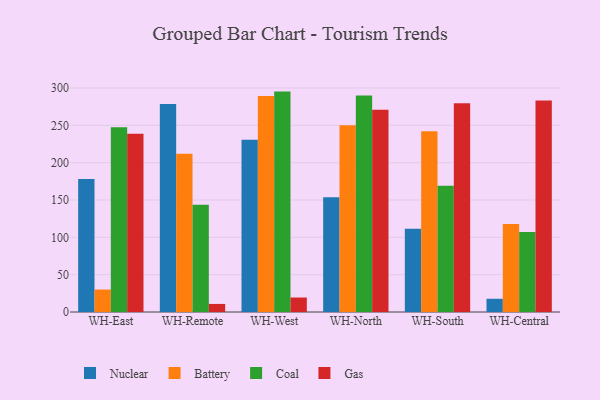
{"axis": {"x": "Warehouse", "y": "Conversion Rate (%)"}, "legend": ["Battery", "Coal", "Gas", "Nuclear"], "data": [{"x": "WH-East", "y": 178.1, "type": "Nuclear"}, {"x": "WH-East", "y": 30.1, "type": "Battery"}, {"x": "WH-East", "y": 247.6, "type": "Coal"}, {"x": "WH-East", "y": 238.8, "type": "Gas"}, {"x": "WH-Remote", "y": 278.5, "type": "Nuclear"}, {"x": "WH-Remote", "y": 212.0, "type": "Battery"}, {"x": "WH-Remote", "y": 143.6, "type": "Coal"}, {"x": "WH-Remote", "y": 10.8, "type": "Gas"}, {"x": "WH-West", "y": 230.8, "type": "Nuclear"}, {"x": "WH-West", "y": 289.2, "type": "Battery"}, {"x": "WH-West", "y": 295.2, "type": "Coal"}, {"x": "WH-West", "y": 19.4, "type": "Gas"}, {"x": "WH-North", "y": 153.8, "type": "Nuclear"}, {"x": "WH-North", "y": 250.1, "type": "Battery"}, {"x": "WH-North", "y": 289.9, "type": "Coal"}, {"x": "WH-North", "y": 270.9, "type": "Gas"}, {"x": "WH-South", "y": 111.6, "type": "Nuclear"}, {"x": "WH-South", "y": 242.1, "type": "Battery"}, {"x": "WH-South", "y": 169.0, "type": "Coal"}, {"x": "WH-South", "y": 279.6, "type": "Gas"}, {"x": "WH-Central", "y": 17.7, "type": "Nuclear"}, {"x": "WH-Central", "y": 118.0, "type": "Battery"}, {"x": "WH-Central", "y": 107.1, "type": "Coal"}, {"x": "WH-Central", "y": 283.4, "type": "Gas"}]}